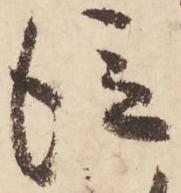
従